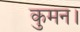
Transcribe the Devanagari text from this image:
कुमन।